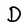
Character: D